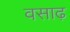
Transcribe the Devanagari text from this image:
वसाढ़